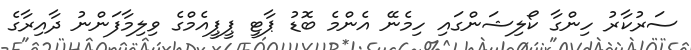
ސަރުކާރު ހިންގާ ކޯލިޝަންގައި ހިމެނޭ އެންމެ ބޮޑު ޕާޓީ ޕީޕީއެމްގެ ވިލިމާފަންނު ދާއިރާގެ